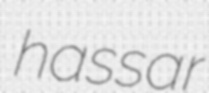
hassar